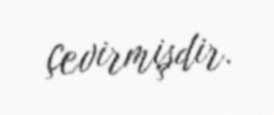
çevirmişdir.